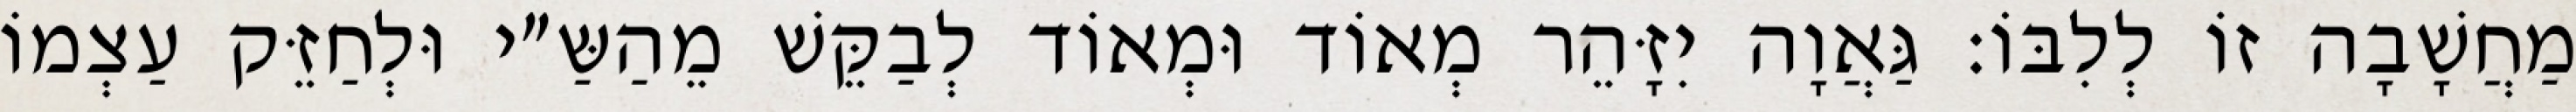
מַחֲשָׁבָה זוֹ לְלִבּוֹ: גַּאֲוָה יִזָּהֵר מְאוֹד וּמְאוֹד לְבַקֵּשׁ מֵהַשַּ״י וּלְחַזֵּק עַצְמוֹ